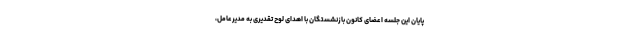
پایان این جلسه اعضای کانون بازنشستگان با اهدای لوح تقدیری به مدیرعامل،